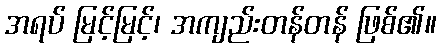
အရပ် မြင့်မြင့်၊ အကျည်းတန်တန် ဖြစ်၏။